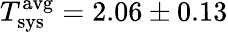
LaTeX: T_{\mathrm{sys}}^{\mathrm{avg}}=2.06\pm 0.13